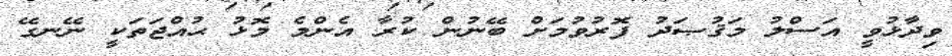
ވިދާޅުވީ އަސްލު މަޤުޞަދު ފޮރުވުމަށް ބޭނުން ކުރާ އެންމެ މޮޅު ޙުއްޖަތަކީ ނޭނގޭ